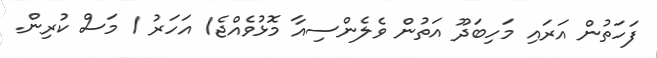
ފަހަތުން އަރައި މަހިބަދޫ އަތުން ވެލެންސިއާ މޮޅުވެއްޖެ1 އަހަރު 1 މަސް ކުރިން.